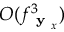
O ( f _ { \textbf { y } _ { x } } ^ { 3 } )